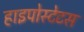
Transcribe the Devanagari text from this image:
हाइपोस्टेटस